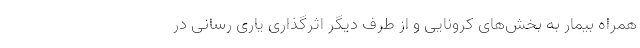
همراه بیمار به بخش‌های کرونایی و از طرف دیگر اثرگذاری یاری رسانی در